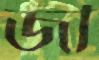
জী